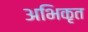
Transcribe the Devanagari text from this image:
अभिकृत